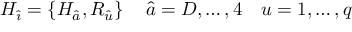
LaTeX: H _ { \hat { \imath } } = \{ H _ { \hat { a } } , R _ { \hat { u } } \} \, \quad \hat { a } = D , \dots , 4 \quad u = 1 , \dots , q